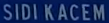
SIDI KACEM